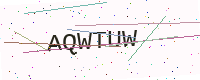
Text: AQWTUW